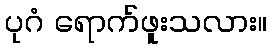
ပုဂံ ရောက်ဖူးသလား။